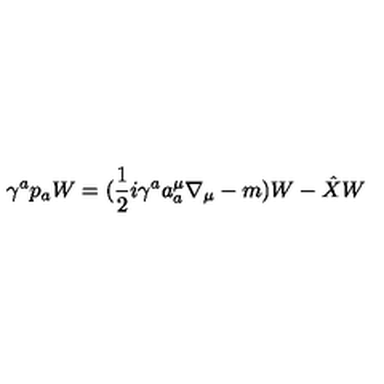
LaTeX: \gamma ^ { a } p _ { a } W = ( \frac { 1 } { 2 } i \gamma ^ { a } a _ { a } ^ { \mu } \nabla _ { \mu } - m ) W - \hat { X } W